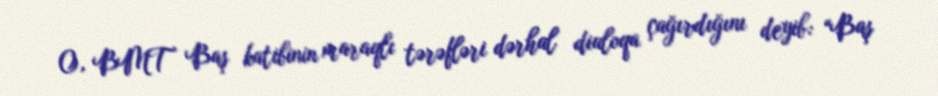
O, BMT Baş katibinin maraqlı tərəfləri dərhal dialoqa çağırdığını deyib: “Baş